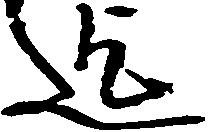
迄